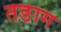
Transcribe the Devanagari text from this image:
तङाग